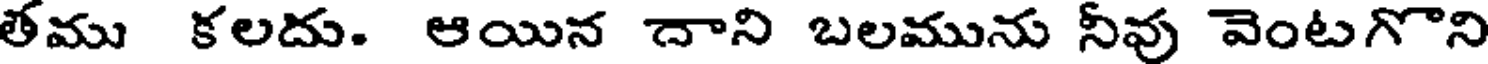
తము కలదు. ఆయిన దాని బలమును నీవు వెంటగొని